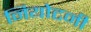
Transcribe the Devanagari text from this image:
नियोटनी